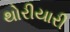
થોરીયારી